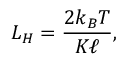
L _ { H } = \frac { 2 k _ { B } T } { K \ell } ,